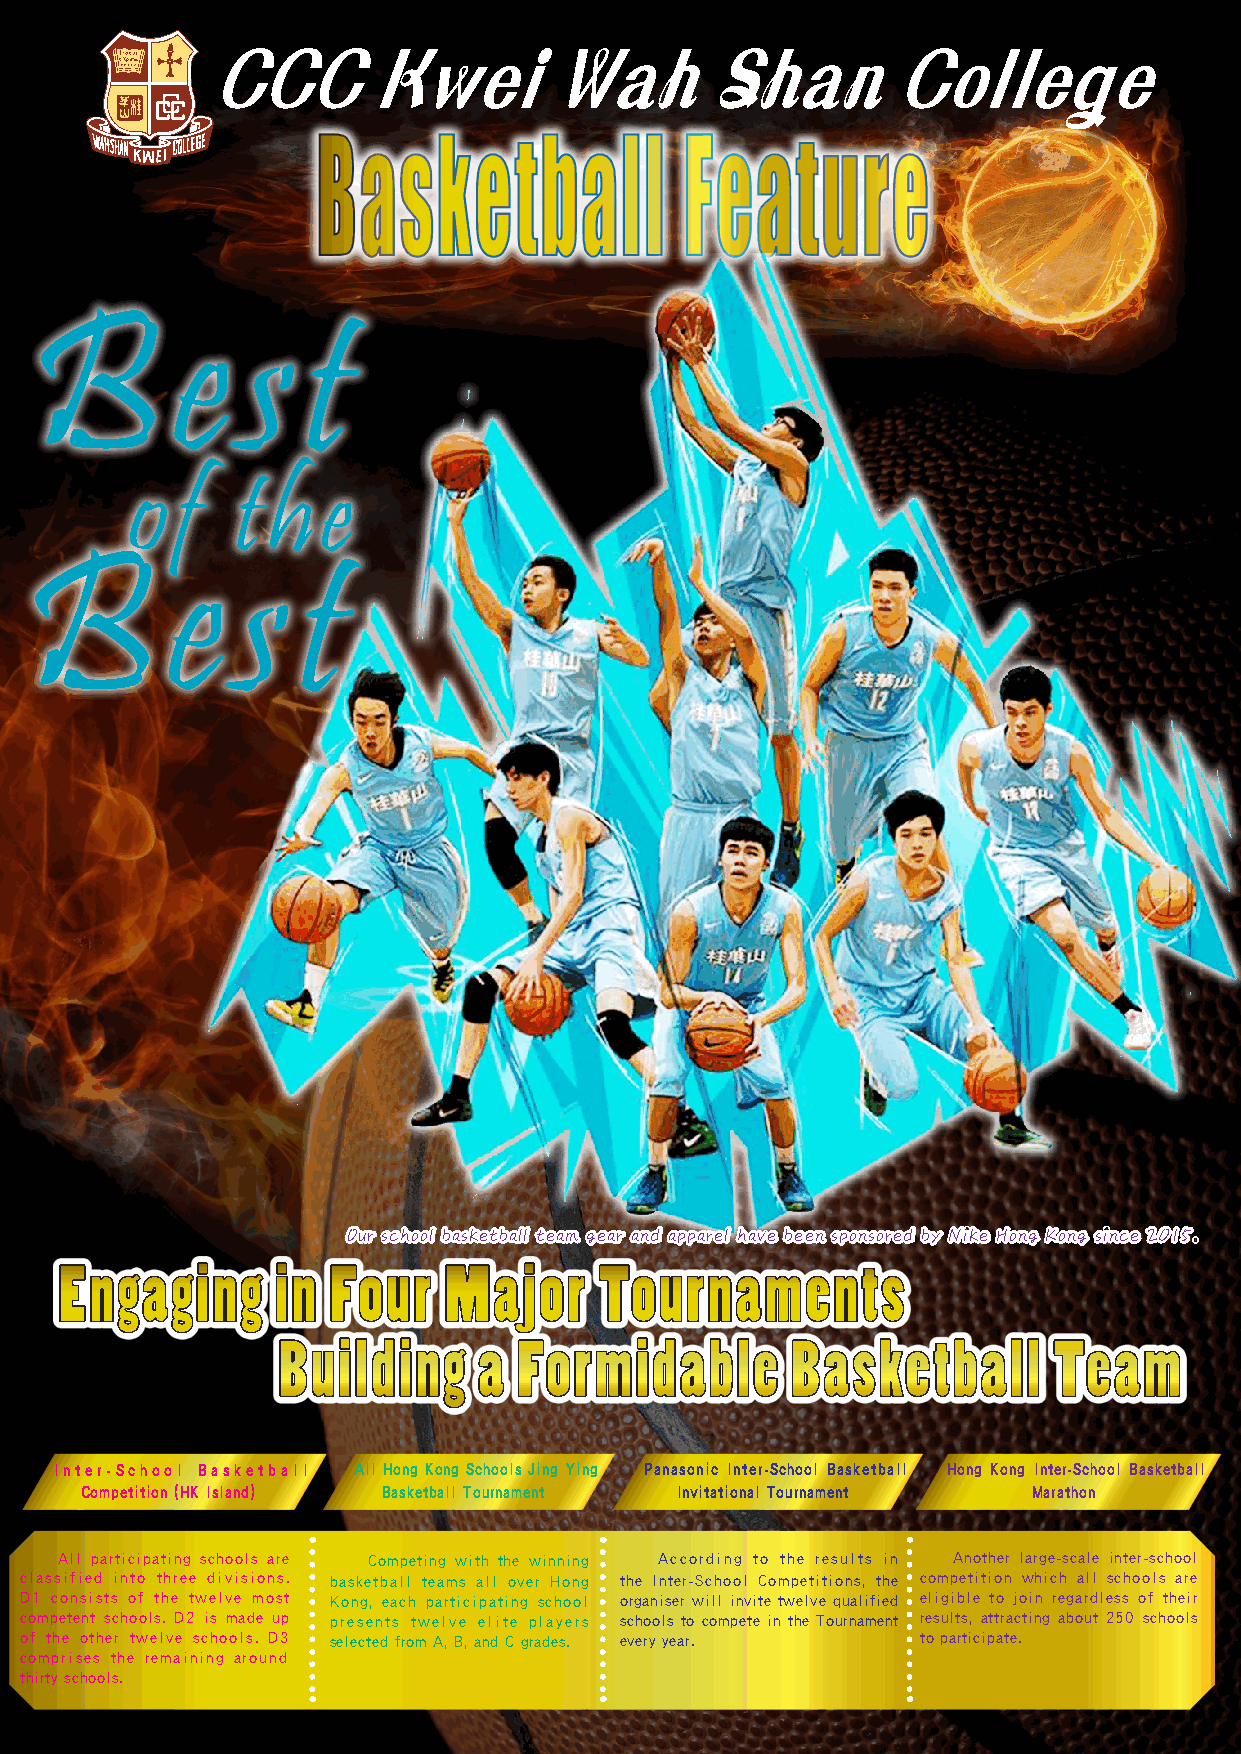
CCC       Kwei        Wah        Shan        College
 B        e    s   t
 of     the
 B         e    s  t
 Our school basketball team gear and apparel have been sponsored by Nike Hong Kong since 2015.
 Inter-School Basketball All Hong Kong Schools Jing Ying Panasonic Inter-School Basketball Hong Kong Inter-School Basketball
 Competition (HK Island) Basketball Tournament Invitational Tournament Marathon
 All participating schools are Competing with the winning According to the results in Another large-scale inter-school
 classified into three divisions. basketball teams all over Hong the Inter-School Competitions, the competition which all schools are
 D1 consists of the twelve most Kong, each participating school organiser will invite twelve qualified eligible to join regardless of their
 competent schools. D2 is made up presents twelve elite players schools to compete in the Tournament results, attracting about 250 schools
 of the other twelve schools. D3 selected from A, B, and C grades. every year. to participate.
 comprises the remaining around
 thirty schools.